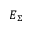
E _ { \Sigma }